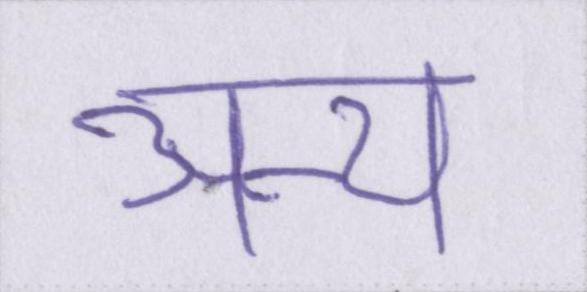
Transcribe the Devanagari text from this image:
अन्य